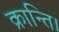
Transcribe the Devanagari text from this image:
क्रान्ति।